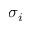
\sigma _ { i }